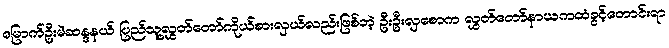
မြောက်ဦးမဲဆန္ဒနယ် ပြည်သူ့လွှတ်တော်ကိုယ်စားလှယ်လည်းဖြစ်တဲ့ ဦးဦးလှစောက လွှတ်တော်နာယကထံခွင့်တောင်းရာ